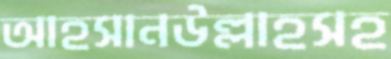
আহসানউল্লাহসহ